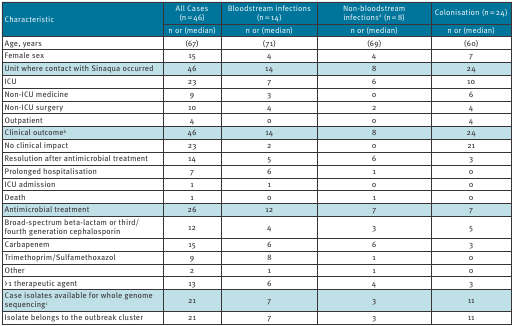
<table><thead><tr><td rowspan="2"><b>Characteristic</b></td><td><b>All Cases (n = 46)</b></td><td><b>Bloodstream infections (n = 14)</b></td><td><b>Non-bloodstream infections<sup>a</sup> (n = 8)</b></td><td><b>Colonisation (n = 24)</b></td></tr><tr><td><b>n or (median)</b></td><td><b>n or (median)</b></td><td><b>n or (median)</b></td><td><b>n or (median)</b></td></tr></thead><tbody><tr><td><b>Age, years</b></td><td>(67)</td><td>(71)</td><td>(69)</td><td>(60)</td></tr><tr><td><b>Female sex</b></td><td>15</td><td>4</td><td>4</td><td>7</td></tr><tr><td><b>Unit where contact with Sinaqua occurred</b></td><td><b>46</b></td><td><b>14</b></td><td><b>8</b></td><td><b>24</b></td></tr><tr><td>ICU</td><td>23</td><td>7</td><td>6</td><td>10</td></tr><tr><td>Non-ICU medicine</td><td>9</td><td>3</td><td>0</td><td>6</td></tr><tr><td>Non-ICU surgery</td><td>10</td><td>4</td><td>2</td><td>4</td></tr><tr><td>Outpatient</td><td>4</td><td>0</td><td>0</td><td>4</td></tr><tr><td><b>Clinical outcome<sup>b</sup></b></td><td><b>46</b></td><td><b>14</b></td><td><b>8</b></td><td><b>24</b></td></tr><tr><td>No clinical impact</td><td>23</td><td>2</td><td>0</td><td>21</td></tr><tr><td>Resolution after antimicrobial treatment</td><td>14</td><td>5</td><td>6</td><td>3</td></tr><tr><td>Prolonged hospitalisation</td><td>7</td><td>6</td><td>1</td><td>0</td></tr><tr><td>ICU admission</td><td>1</td><td>1</td><td>0</td><td>0</td></tr><tr><td>Death</td><td>1</td><td>0</td><td>1</td><td>0</td></tr><tr><td><b>Antimicrobial treatment</b></td><td><b>26</b></td><td><b>12</b></td><td><b>7</b></td><td><b>7</b></td></tr><tr><td>Broad-spectrum beta-lactam or third/fourth generation cephalosporin</td><td>12</td><td>4</td><td>3</td><td>5</td></tr><tr><td>Carbapenem</td><td>15</td><td>6</td><td>6</td><td>3</td></tr><tr><td>Trimethoprim/Sulfamethoxazol</td><td>9</td><td>8</td><td>1</td><td>0</td></tr><tr><td>Other</td><td>2</td><td>1</td><td>1</td><td>0</td></tr><tr><td>&gt; 1 therapeutic agent</td><td>13</td><td>6</td><td>4</td><td>3</td></tr><tr><td><b>Case isolates available for whole genome sequencing<sup>c</sup></b></td><td><b>21</b></td><td><b>7</b></td><td><b>3</b></td><td><b>11</b></td></tr><tr><td>Isolate belongs to the outbreak cluster</td><td>21</td><td>7</td><td>3</td><td>11</td></tr></tbody></table>